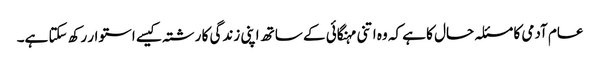
عام آدمی کا مسئلہ حال کا ہے کہ وہ اتنی مہنگائی کے ساتھ اپنی زندگی کا رشتہ کیسے استوار رکھ سکتا ہے۔